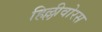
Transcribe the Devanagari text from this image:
हिल्लीवोरस